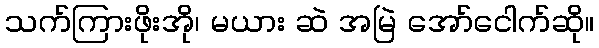
သက်ကြားဖိုးအို၊ မယား ဆဲ အမြဲ အော်ငေါက်ဆို။